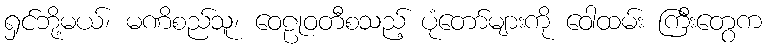
ရှင်ဘို့မယ်၊ မဏိစည်သူ၊ ဝေဠုဝတီစသည့် ပုံတော်များကို ဝေါထမ်း ကြီးတွေက